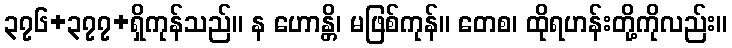
၃၇၆+၃၇၇+ရှိကုန်သည်။ န ဟောန္တိ၊ မဖြစ်ကုန်။ တေစ၊ ထိုရဟန်းတို့ကိုလည်း။